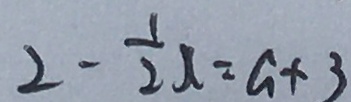
2 - \frac { 1 } { 2 } x = a + 3